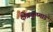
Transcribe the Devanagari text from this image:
क्षेत्रकुष्मांड